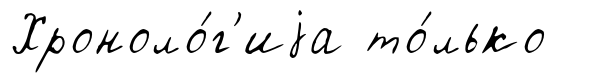
Хроноло́г'иjа то́лько